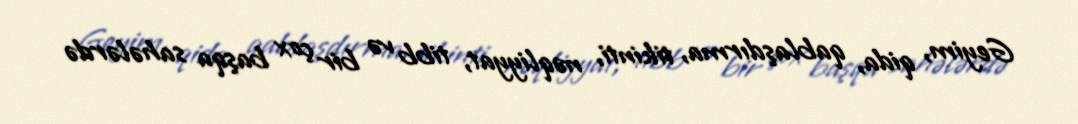
Geyim, qida, qablaşdırma, tikinti, nəqliyyat, tibb və bir çox başqa sahələrdə